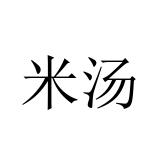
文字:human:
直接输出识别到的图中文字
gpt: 米汤